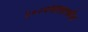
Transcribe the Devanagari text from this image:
२००७सालापर्यंत